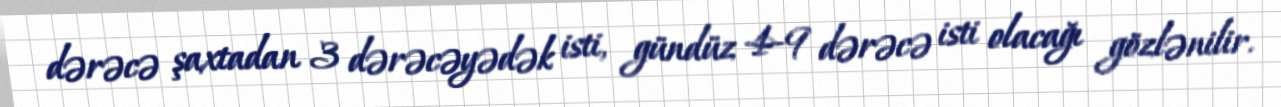
dərəcə şaxtadan 3 dərəcəyədək isti, gündüz 4-9 dərəcə isti olacağı gözlənilir.